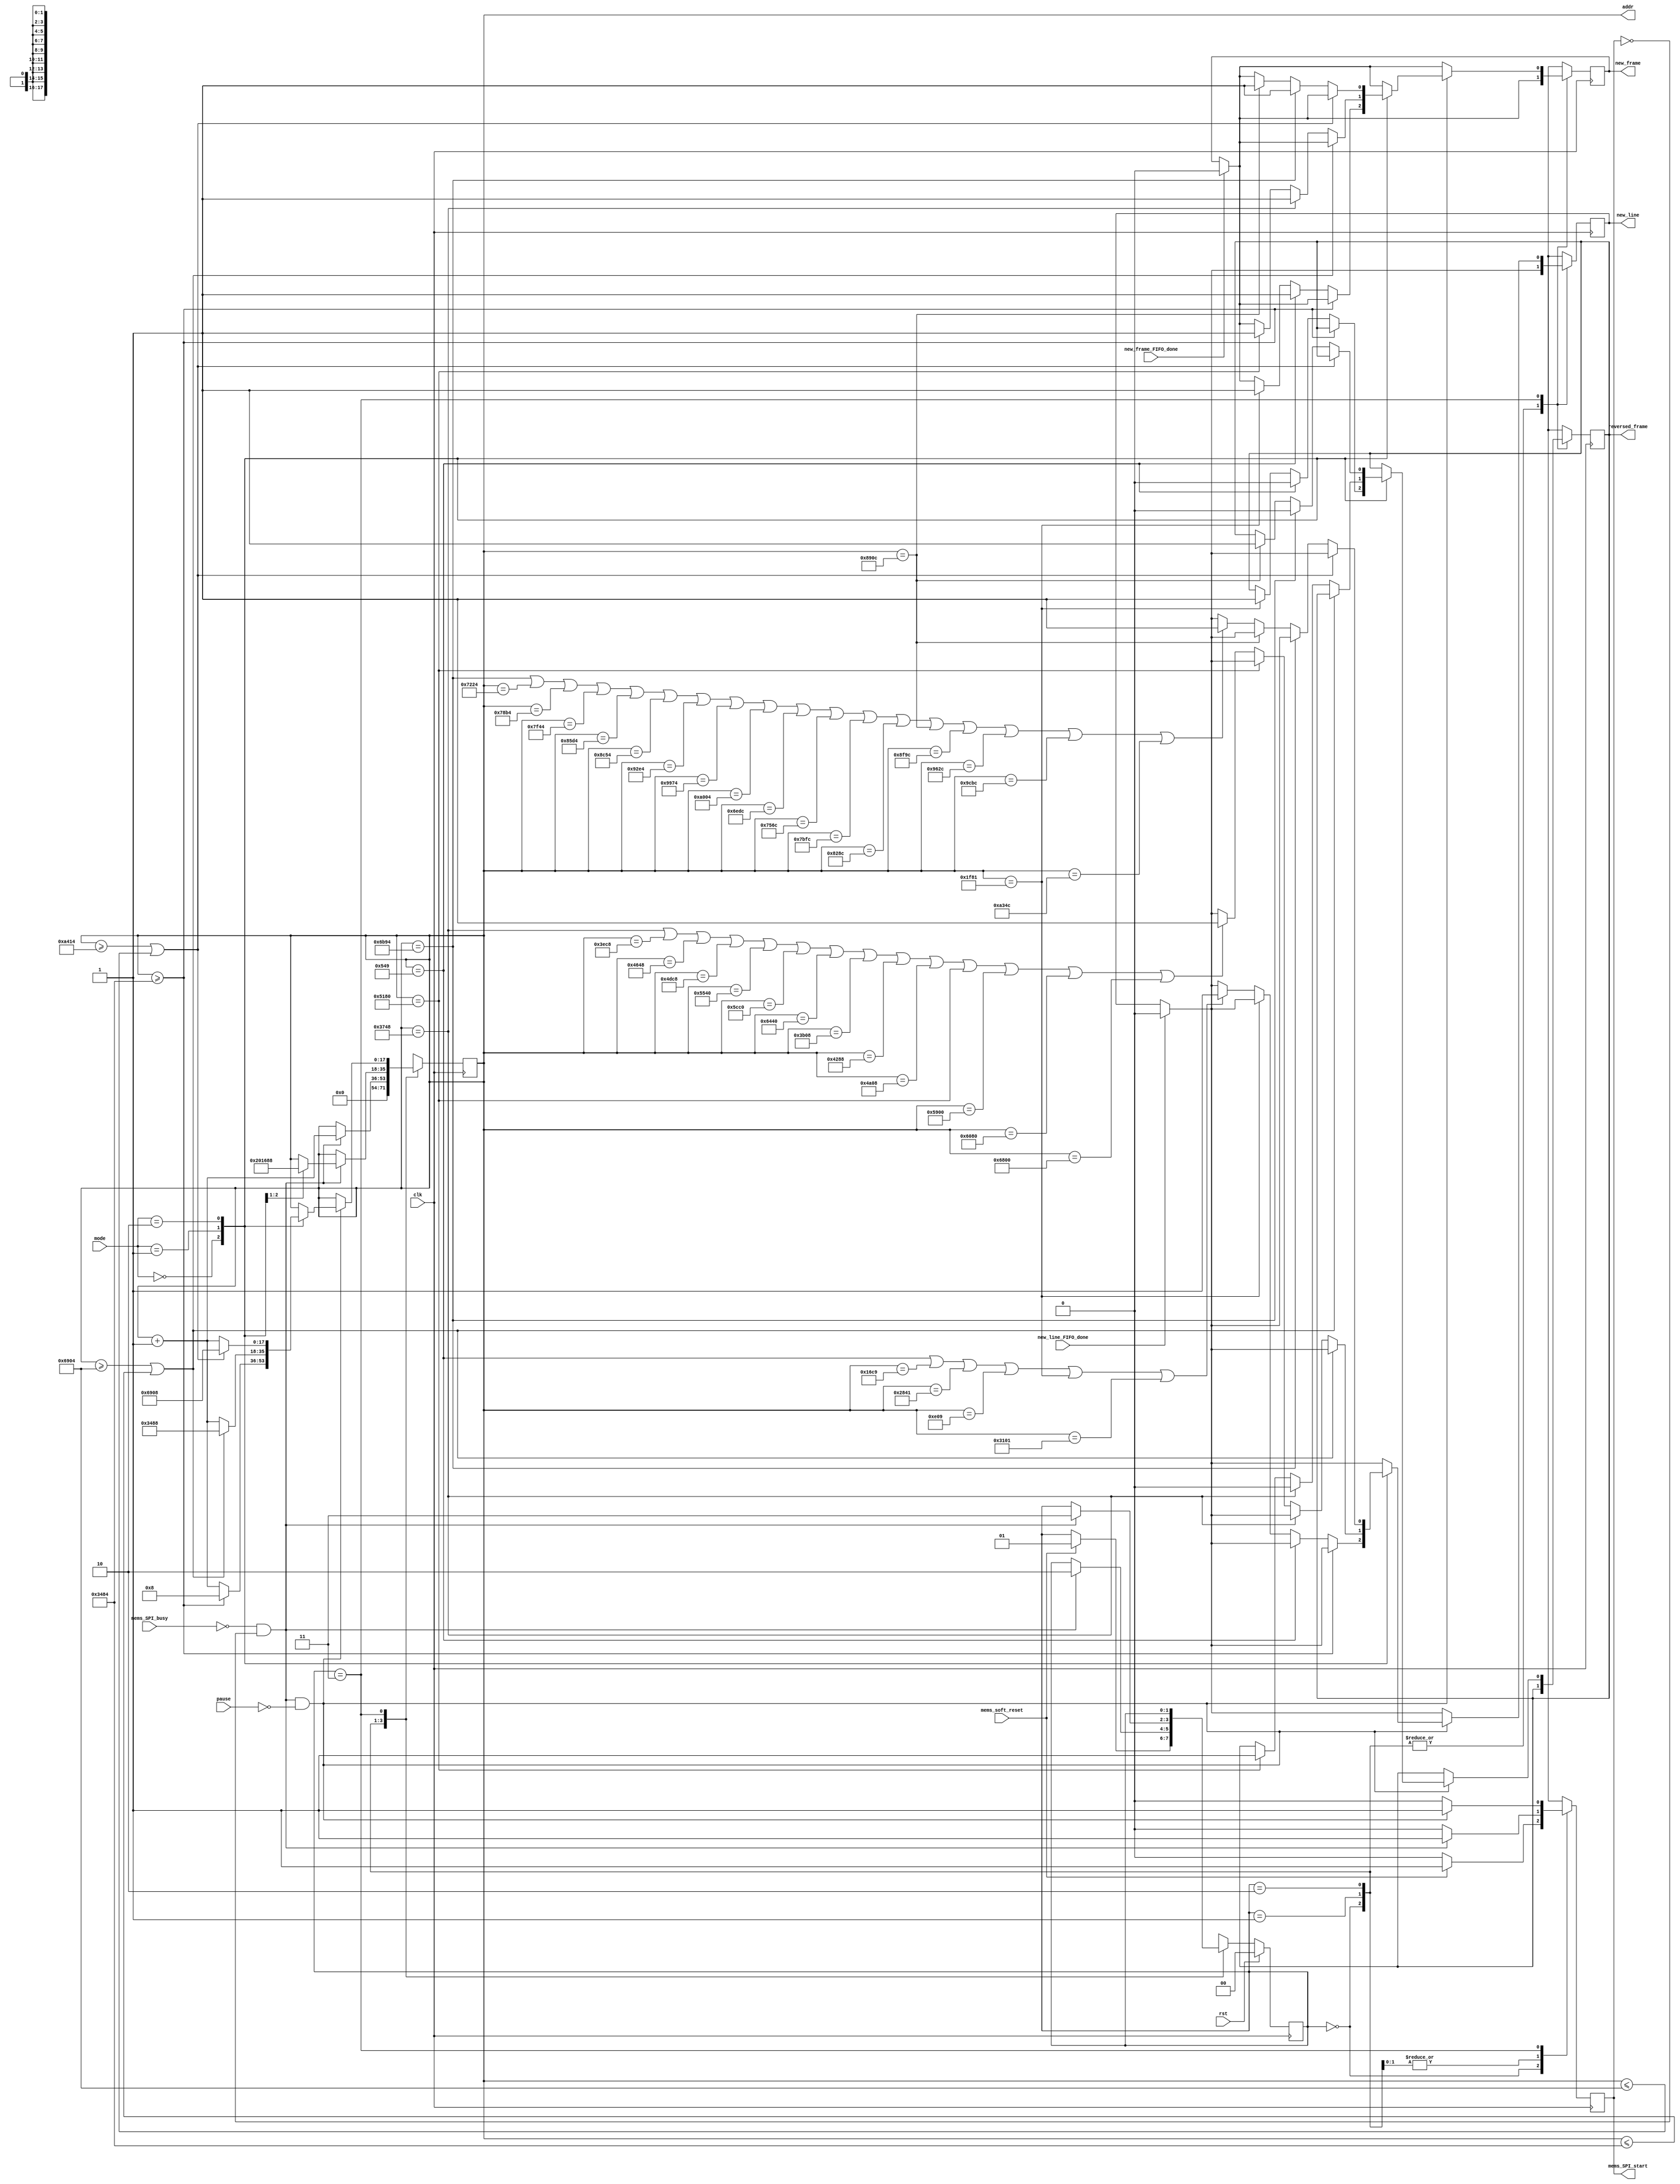
module mems_control_8 (
    // INPUT
    input clk,
    input rst,
    input [1:0] mode,
    // input exit,
    input pause,
    input mems_SPI_busy,
    input mems_soft_reset,
    input new_line_FIFO_done,
    input new_frame_FIFO_done,

    // OUTPUT
    output mems_SPI_start,
    output new_line,
    output new_frame,
    output reversed_frame,
    output [17:0] addr
  );
  
  reg new_line_d, new_line_q;//=1'b0;
  reg new_frame_d, new_frame_q;//=1'b0;
  
  assign mems_SPI_start=mems_SPI_start_q;

  assign new_line = new_line_q;
  assign new_frame = new_frame_q;
  assign reversed_frame = reversed_frame_q;

  assign addr = addr_q;
  
  localparam STATE_SIZE = 2;
  localparam IDLE = 2'd0,
    SOFTWARE_RESET = 2'd1,
    VREF_SETUP = 2'd2,
    SET_CHANNEL = 2'd3;
 
  reg [STATE_SIZE-1:0] state_d, state_q;
  reg [17:0] addr_d, addr_q;
  reg mems_SPI_start_d, mems_SPI_start_q; 
  reg reversed_frame_d,reversed_frame_q;

  always @(*) begin

    if (new_line_FIFO_done==1'b1) begin
      new_line_d=1'b0; // latch here is not fine (if at the same time 2 modules -> problem)
    end else begin
      new_line_d = new_line_q;
    end

    if (new_frame_FIFO_done==1'b1) begin
      new_frame_d=1'b0; // latch here is not fine
    end else begin
      new_frame_d = new_frame_q;
    end

    reversed_frame_d=reversed_frame_q;
    state_d = state_q; // default values
    addr_d = addr_q;   // needed to prevent latches
    // play_d = play_q;

    case (state_q)
      IDLE: begin
        addr_d = 4'b0;
        mems_SPI_start_d=1'b0;
        if (mems_soft_reset==1'b1) begin
          state_d = SOFTWARE_RESET;
          mems_SPI_start_d=1'b1;
        end
      end // IDLE
      SOFTWARE_RESET: begin
        mems_SPI_start_d=1'b0;
        if (!mems_SPI_busy && mems_SPI_start_q == 1'b0) begin 
          addr_d=addr_q+1'b1;
          state_d = VREF_SETUP;
          mems_SPI_start_d = 1'b1;
        end
      end // SOFTWARE_RESET
      VREF_SETUP: begin // we have problem with DAC, change its ref voltage from external to internal and vice versa -> have to send command for external one all time.
        mems_SPI_start_d=1'b0;
        if (!mems_SPI_busy && mems_SPI_start_q == 1'b0) begin 

          case (mode)
            2'd0: begin
              addr_d = 17'd8;//addr_q + 1'b1; // will be 2 in SET_CHANNEL
              end
            2'd1: begin
              addr_d=17'd5768;
              end
            default: begin 
              end

          endcase // case
          

          state_d = SET_CHANNEL;
          mems_SPI_start_d = 1'b1;
        end // new data
      end // VREF_SETUP
      SET_CHANNEL: begin
              // if (exit==1'b1) begin
              // case (mode)
              //     2'd0: begin
              //       addr_d = 17'd8;//addr_q + 1'b1; // will be 2 in SET_CHANNEL
              //     end
              //     2'd1: begin3
              //       addr_d=17'd5768;
              //     end
              //     default: begin 3
              //     end
              //   endcase
              // end // if exit 



                // play_d=1'b0;
                mems_SPI_start_d = 1'b0;

                if ((!mems_SPI_busy && mems_SPI_start_q == 1'b0) && pause==1'b0) begin 



                    mems_SPI_start_d = 1'b1;    



                    case (mode)
                        // mode 1
                        2'd0: begin

                          if (addr_q>=18'd13444) begin // 75524 fro 59x160 //37444 for 39x120 // 74884 for 39x240
                            addr_d = 17'd8;  
                          end else begin
                        
                        
                            if (addr_q == 17'd1353) begin
                              new_frame_d = 1'b1;
                              reversed_frame_d=1'b0;
                            end else if (addr_q == 17'd8065) begin
                              new_frame_d = 1'b1;
                              reversed_frame_d=1'b1;
                            end else
                            


if (addr_q == 18'd1353 || addr_q == 18'd5833 || addr_q == 18'd10305 || addr_q == 18'd3593 || addr_q == 18'd8065 || addr_q==18'd12545) begin

                      new_line_d=1'b1;
                              end 

                              addr_d = addr_q+1'b1;

                          end // if end is reached
                        end // mode 1


















                        // mode_2
                        2'd1: begin

                          if (addr_q>=18'd26884 || addr_q<=18'd13444) begin //75524 fro 59x160 //37444 for 39x120 // 74884 for 39x240
                            addr_d = 17'd13448;  
                          end else begin
                        
                            if (addr_q == 17'd14152) begin
                              new_frame_d = 1'b1;
                              reversed_frame_d=1'b0;
                            end else if (addr_q == 17'd20864) begin
                              new_frame_d = 1'b1;
                              reversed_frame_d=1'b1;
                            end else
                            


                            

if (addr_q == 18'd14152 || addr_q == 18'd16072 || addr_q == 18'd17992 || addr_q == 18'd19912 || addr_q == 18'd21824 || addr_q == 18'd23744 || addr_q == 18'd25664 || addr_q == 18'd15112 || addr_q == 18'd17032 || addr_q == 18'd18952 || addr_q == 18'd20864 || addr_q == 18'd22784 || addr_q == 18'd24704 || addr_q==18'd26624) begin

                        new_line_d=1'b1;
                            end 

                            addr_d = addr_q+1'b1;


                          end // if end is reached

                        end // mode_2























        2'd2: begin

                          // if (addr_q>=18'd124324 || addr_q<=18'd26884) begin //75524 fro 59x160 //37444 for 39x120 // 74884 for 39x240
                          //   addr_d = 17'd26888;  
                          // end else begin
                        
                          //   if (addr_q == 17'd27540 || addr_q==17'd35084) begin
                              
                          //     new_frame_d = 1'b1;
                          //   end else 
                            

// if (addr_q == 18'd27958 || addr_q == 18'd31318 || addr_q == 18'd34678 || addr_q == 18'd38038 || addr_q == 18'd41398 || addr_q == 18'd44758 || addr_q == 18'd48118 || addr_q == 18'd51478 || addr_q == 18'd54838 || addr_q == 18'd58198 || addr_q == 18'd61558 || addr_q == 18'd64918 || addr_q == 18'd68278 || addr_q == 18'd71638 || addr_q == 18'd74998 || addr_q == 18'd78350 || addr_q == 18'd81710 || addr_q == 18'd85070 || addr_q == 18'd88430 || addr_q == 18'd91790 || addr_q == 18'd95150 || addr_q == 18'd98510 || addr_q == 18'd101870 || addr_q == 18'd105230 || addr_q == 18'd108590 || addr_q == 18'd111950 || addr_q == 18'd115310 || addr_q == 18'd118670 || addr_q == 18'd122030 || addr_q == 18'd29638 || addr_q == 18'd32998 || addr_q == 18'd36358 || addr_q == 18'd39718 || addr_q == 18'd43078 || addr_q == 18'd46438 || addr_q == 18'd49798 || addr_q == 18'd53158 || addr_q == 18'd56518 || addr_q == 18'd59878 || addr_q == 18'd63238 || addr_q == 18'd66598 || addr_q == 18'd69958 || addr_q == 18'd73318 || addr_q == 18'd76670 || addr_q == 18'd80030 || addr_q == 18'd83390 || addr_q == 18'd86750 || addr_q == 18'd90110 || addr_q == 18'd93470 || addr_q == 18'd96830 || addr_q == 18'd100190 || addr_q == 18'd103550 || addr_q == 18'd106910 || addr_q == 18'd110270 || addr_q == 18'd113630 || addr_q == 18'd116990 || addr_q == 18'd120350 || addr_q==18'd123710) begin


                          if (addr_q>=18'd42004 || addr_q<=18'd26884) begin //75524 fro 59x160 //37444 for 39x120 // 74884 for 39x240
                            addr_d = 17'd26888;  
                          end else begin
                        
                              
                            if (addr_q == 17'd27540) begin
                              new_frame_d = 1'b1;
                              reversed_frame_d=1'b0;
                            end else if (addr_q == 17'd35084) begin
                              new_frame_d = 1'b1;
                              reversed_frame_d=1'b1;
                            end else

                            
if (addr_q == 18'd27540 || addr_q == 18'd29220 || addr_q == 18'd30900 || addr_q == 18'd32580 || addr_q == 18'd34260 || addr_q == 18'd35924 || addr_q == 18'd37604 || addr_q == 18'd39284 || addr_q == 18'd40964 || addr_q == 18'd28380 || addr_q == 18'd30060 || addr_q == 18'd31740 || addr_q == 18'd33420 || addr_q == 18'd35084 || addr_q == 18'd36764 || addr_q == 18'd38444 || addr_q == 18'd40124 || addr_q==18'd41804) begin
                                  new_line_d=1'b1;
                            end 

                            addr_d = addr_q+1'b1;
                          end // if end is reached














                        end // mode_2



                    endcase // case



                    // end // if end is reached





                end // new data
      end // SET_CHANNEL

      default: state_d = IDLE;
    endcase
  end // always
 



  always @(posedge clk) begin
    if (rst) begin
      state_q <= IDLE;
    end else begin
      state_q <= state_d;
    end

    new_line_q <= new_line_d; 
    
    new_frame_q <= new_frame_d; 
    reversed_frame_q <= reversed_frame_d;
    mems_SPI_start_q <= mems_SPI_start_d;
    addr_q <= addr_d;
  end
 
endmodule